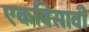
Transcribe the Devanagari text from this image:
एकविसावी